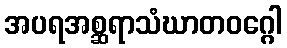
အပရအစ္ဆရာသံဃာတဝဂ္ဂေါ